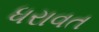
ધરાવત